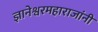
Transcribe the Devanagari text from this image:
ज्ञानेश्वरमहाराजांनी